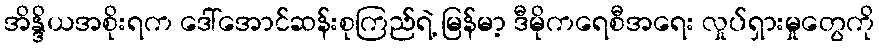
အိန္ဒိယအစိုးရက ဒေါ်အောင်ဆန်းစုကြည်ရဲ့ မြန်မာ့ ဒီမိုကရေစီအရေး လှုပ်ရှားမှုတွေကို